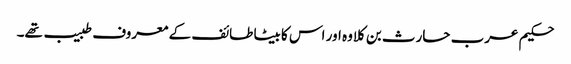
حکیم عرب حارث بن کلاوہ اور اس کا بیٹا طائف کے معروف طبیب تھے۔